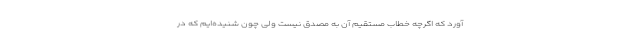
آورد که اگرچه خطاب مستقیم آن به مصدق نیست ولی چون شنیده‌ایم که در